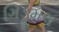
ગિડૂમલ